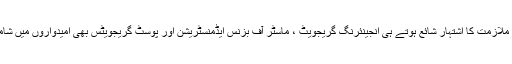
صفائی کی ملازمت کا اشتہار شائع ہوتے ہی انجینئرنگ گریجویٹ ، ماسٹر آف بزنس ایڈمنسٹریشن اور پوسٹ گریجویٹس بھی امیدواروں میں شامل ہو گئے۔